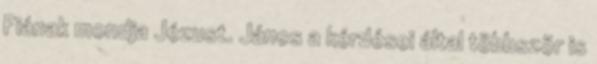
Fiának mondja Jézust. János a kérdései által többször is